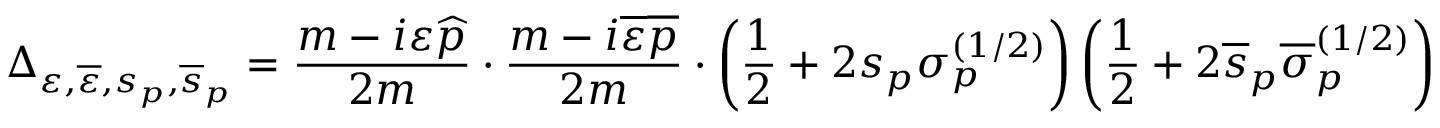
\Delta _ { \varepsilon , \overline { { { \varepsilon } } } , s _ { p } , \overline { { { s } } } _ { p } } = \frac { m - i \varepsilon \widehat { p } } { 2 m } \cdot \frac { m - i \overline { { { \varepsilon } } } \overline { { { p } } } } { 2 m } \cdot \left( \frac 1 2 + 2 s _ { p } \sigma _ { p } ^ { ( 1 / 2 ) } \right) \left( \frac 1 2 + 2 \overline { { { s } } } _ { p } \overline { { { \sigma } } } _ { p } ^ { ( 1 / 2 ) } \right)